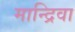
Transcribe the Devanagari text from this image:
मान्द्रिवा